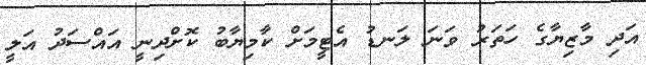
އަދި މާޒިޔާގެ ހަތަރު ވަނަ ލަނޑު އެޓީމަށް ކާމިޔާބު ކޮށްދިނީ އައްސަދު އަލީ